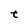
Character: t